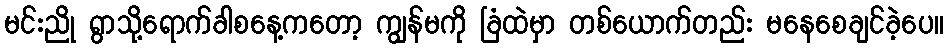
မင်းညို ရွာသို့ရောက်ခါစနေ့ကတော့ ကျွန်မကို ခြံထဲမှာ တစ်ယောက်တည်း မနေစေချင်ခဲ့ပေ။